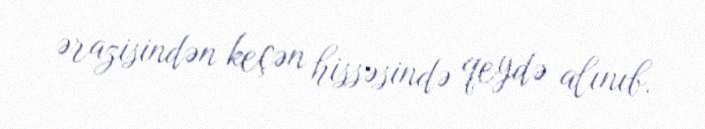
ərazisindən keçən hissəsində qeydə alınıb.